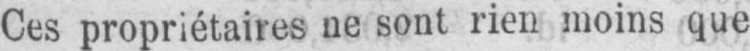
Ces propriétaires ne sont rien moins que